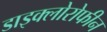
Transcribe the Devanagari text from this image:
डाइक्लोरोफीन